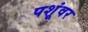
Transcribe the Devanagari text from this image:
पशूंवर